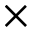
\times